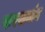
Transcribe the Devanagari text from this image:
फरसगांव